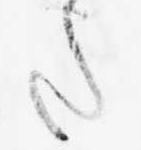
た